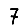
Digit: 7